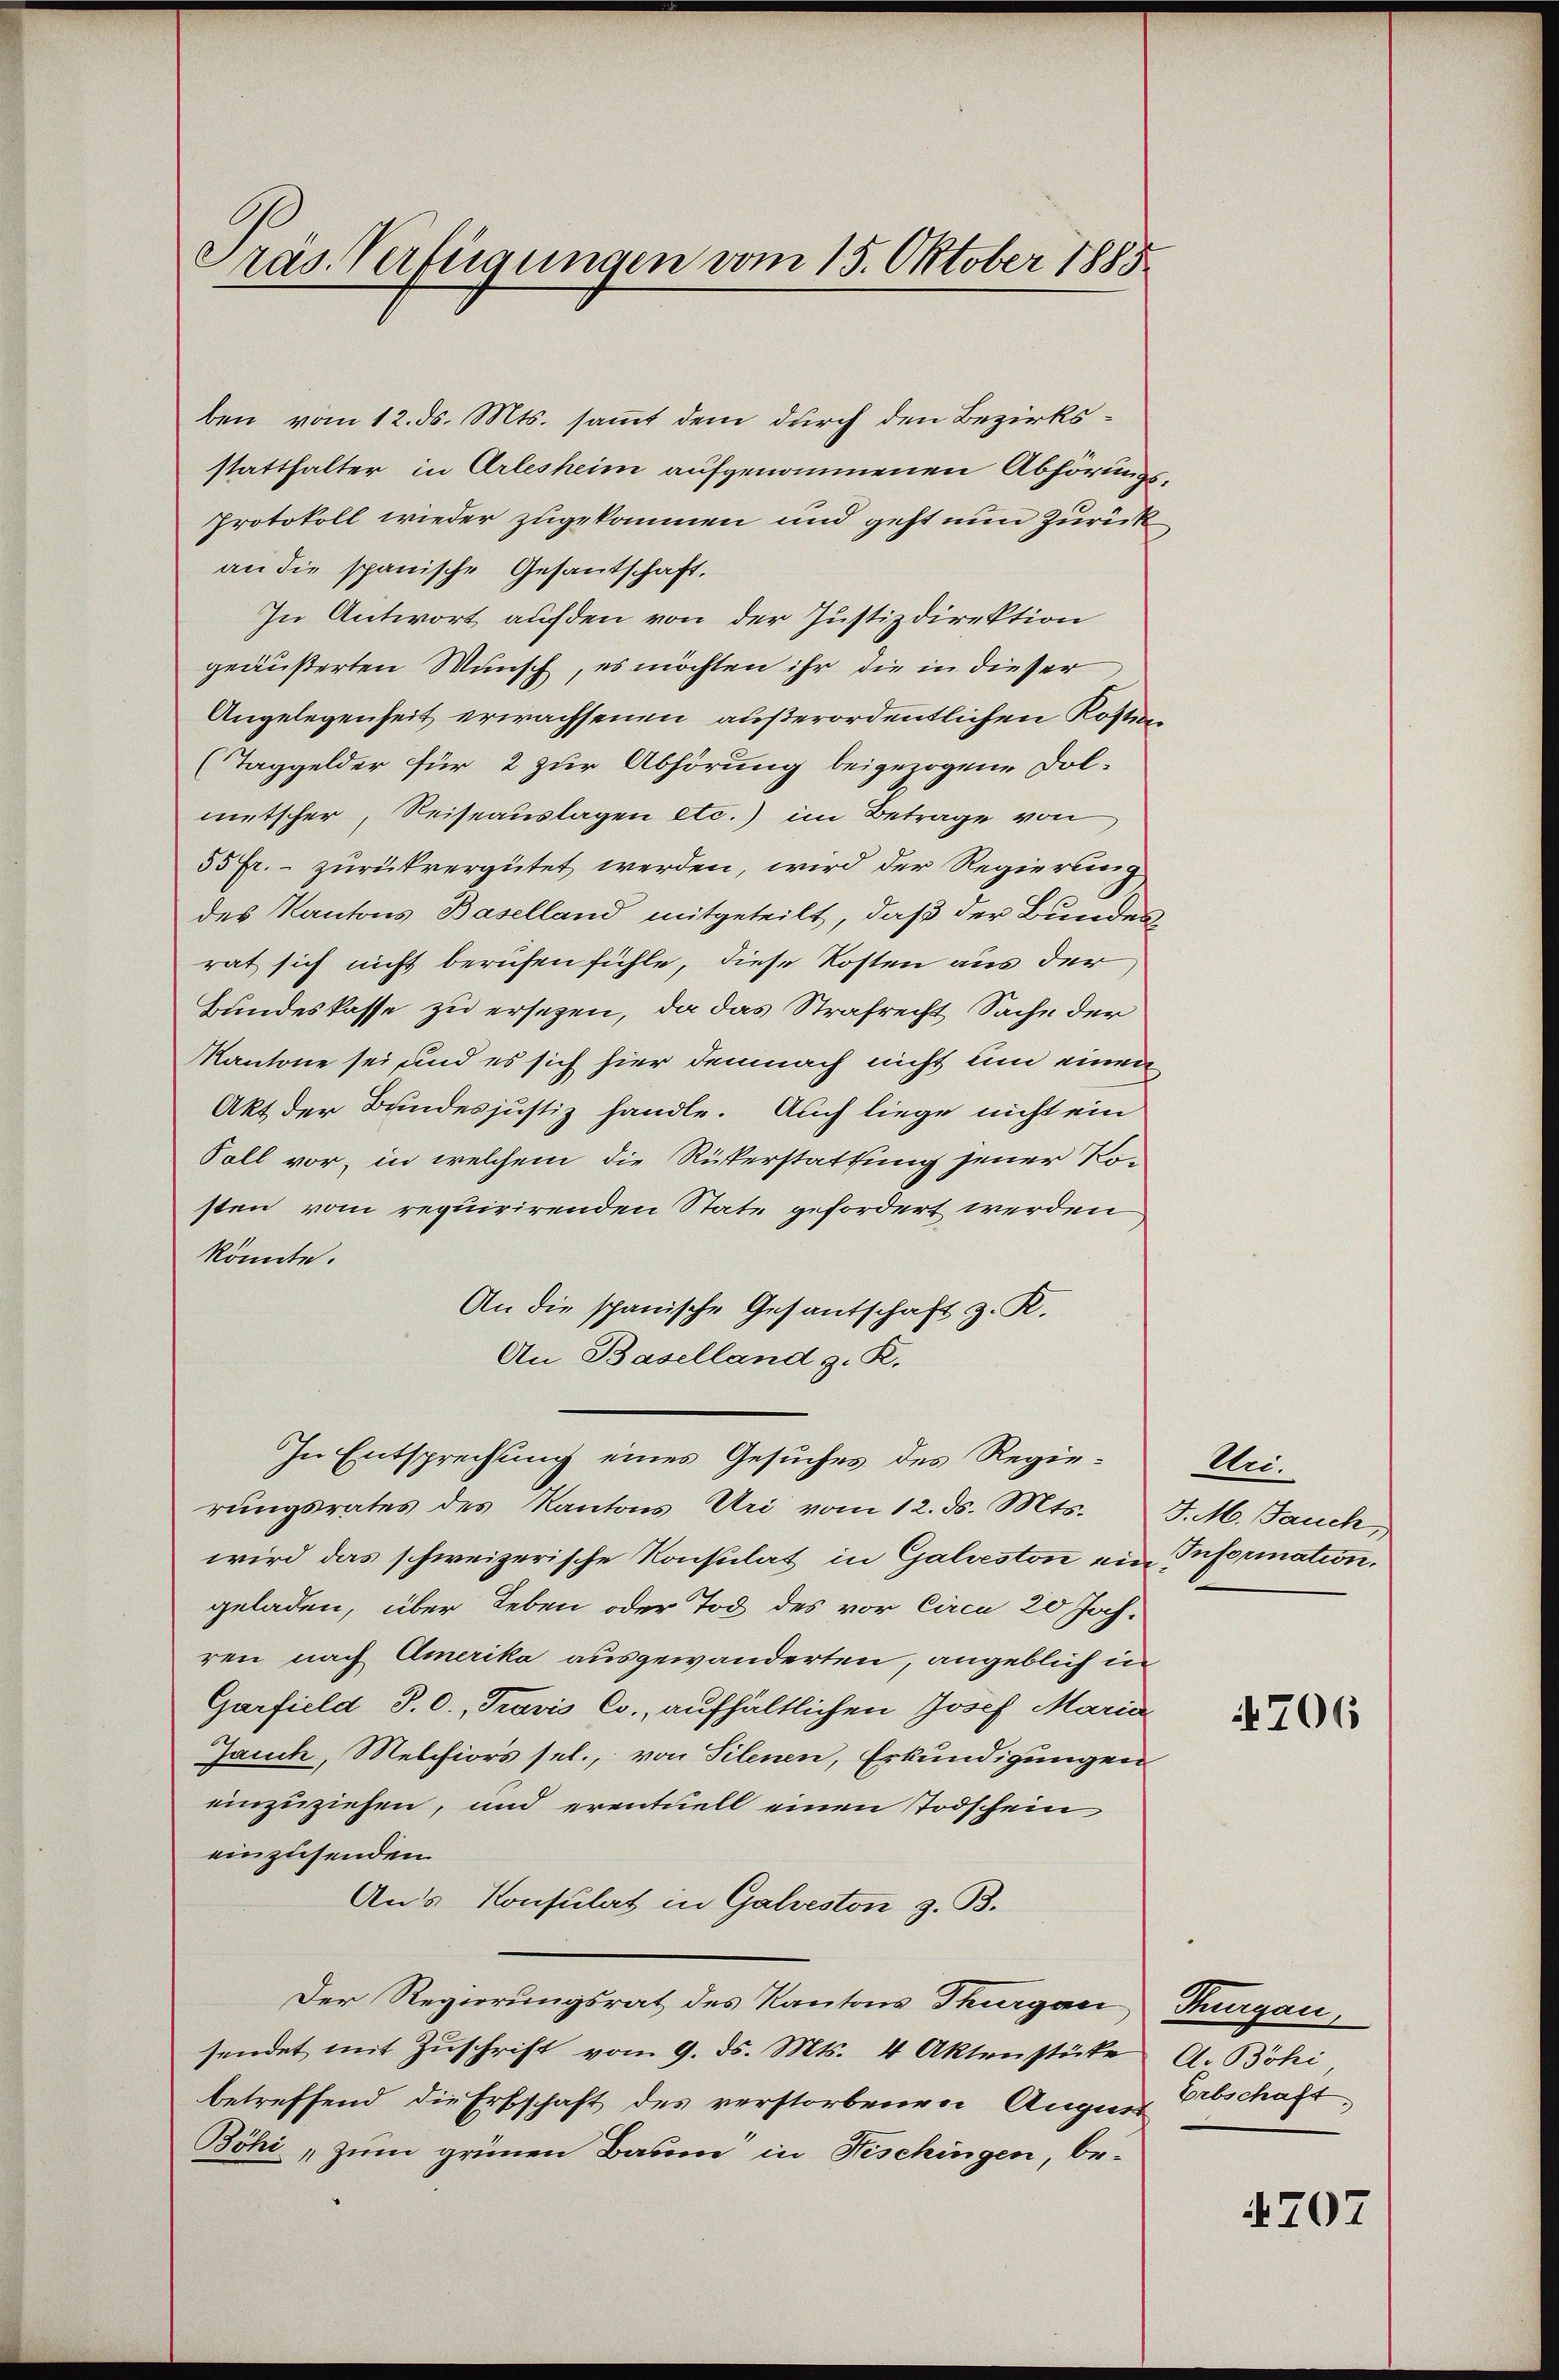
ras Verfügungen vom 15. Oktober 1885

ben vom 12. ds. Mts. samt dem durch den Bezirksstatthalter in Arlesheim aufgenommenen Abhörungs¬
Protokoll wieder zugekommen und geht nun zurück
an die spanische Gesandschaft.
In Antwort auf den von der Justizdirektion
geäußerten Wunsch, es möchten ihr die in dieser
Angelegenheit erwachsenen außerordentlichen Kosten
(Taggelder für 2 zur Abhörung beigezogene Dolmetscher, Reiseauslagen etc.) im Betrage von
55 Fr. - zurückvergütet werden, wird der Regierung
des Kantons Baselland mitgeteilt, daß der Bundesrat sich nicht berufen fühle, diese Kosten aus der
Bundeskasse zu ersezen, da das Strafrecht Sache der
Kantone sei und es sich hier demnach nicht um einen
Akt der Bundes justiz handle. Auch liege nicht ein
Soll vor, in welchem die Rükerstattung jener Rosten vom requirirenden State gefordert werden
könnte.
An die spanische Gesandschaft z. K.
An Baselland z. R.
In Entsprechung eines Gesuches des Regierungsrates des Kantons Uri vom 12. ds. Mts. J. M. Jauch,
wird das schweizerische Konsulat in Galveston ein Information.
geladen, über Leben oder Tod des vor circa 20 Jahren nach Amerika ausgewanderten, angeblich in
Garfield P. O., Travis Co., aufhältlichen Josef Maria
Jancke, Melchiors sel., von Silenen, Erkundigungen
einzuziehen, und eventuell einen Todschein
einzusenden.
Aus Konsulat in Galveston z. B.
Der Regierungsrat des Kantons Thurgau, Thurgau,
sendet mit Zŭschrift vom 9. ds. Mts. 4 Aktenstüke A. Böhi,
betreffend die Erbschaft des verstorbenen Augen Erbschaft,
Böhi „zum grünen Baum in Fischingen, be-

Au¬

4706

4707